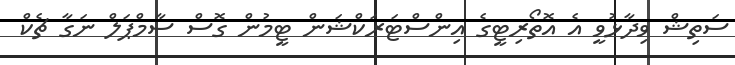
ސަތިޝް ވިދާޅުވީ އެ އޮތޯރިޓީގެ އިންސްޓަރަކްޝަން ޓީމުން ގޮސް ސާމްޕަލް ނަގާ ޗެކް